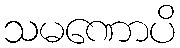
သမဏောပိ